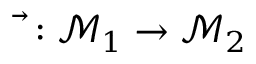
\vec { \bf \Phi } : \mathcal { M } _ { 1 } \rightarrow \mathcal { M } _ { 2 }